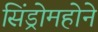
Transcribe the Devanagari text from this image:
सिंड्रोमहोने